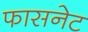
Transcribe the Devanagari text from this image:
फासनेट